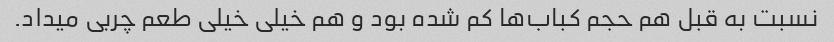
نسبت به قبل هم حجم کباب‌ها کم شده بود و هم خیلی خیلی طعم چربی میداد.